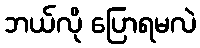
ဘယ်လို ပြောရမလဲ